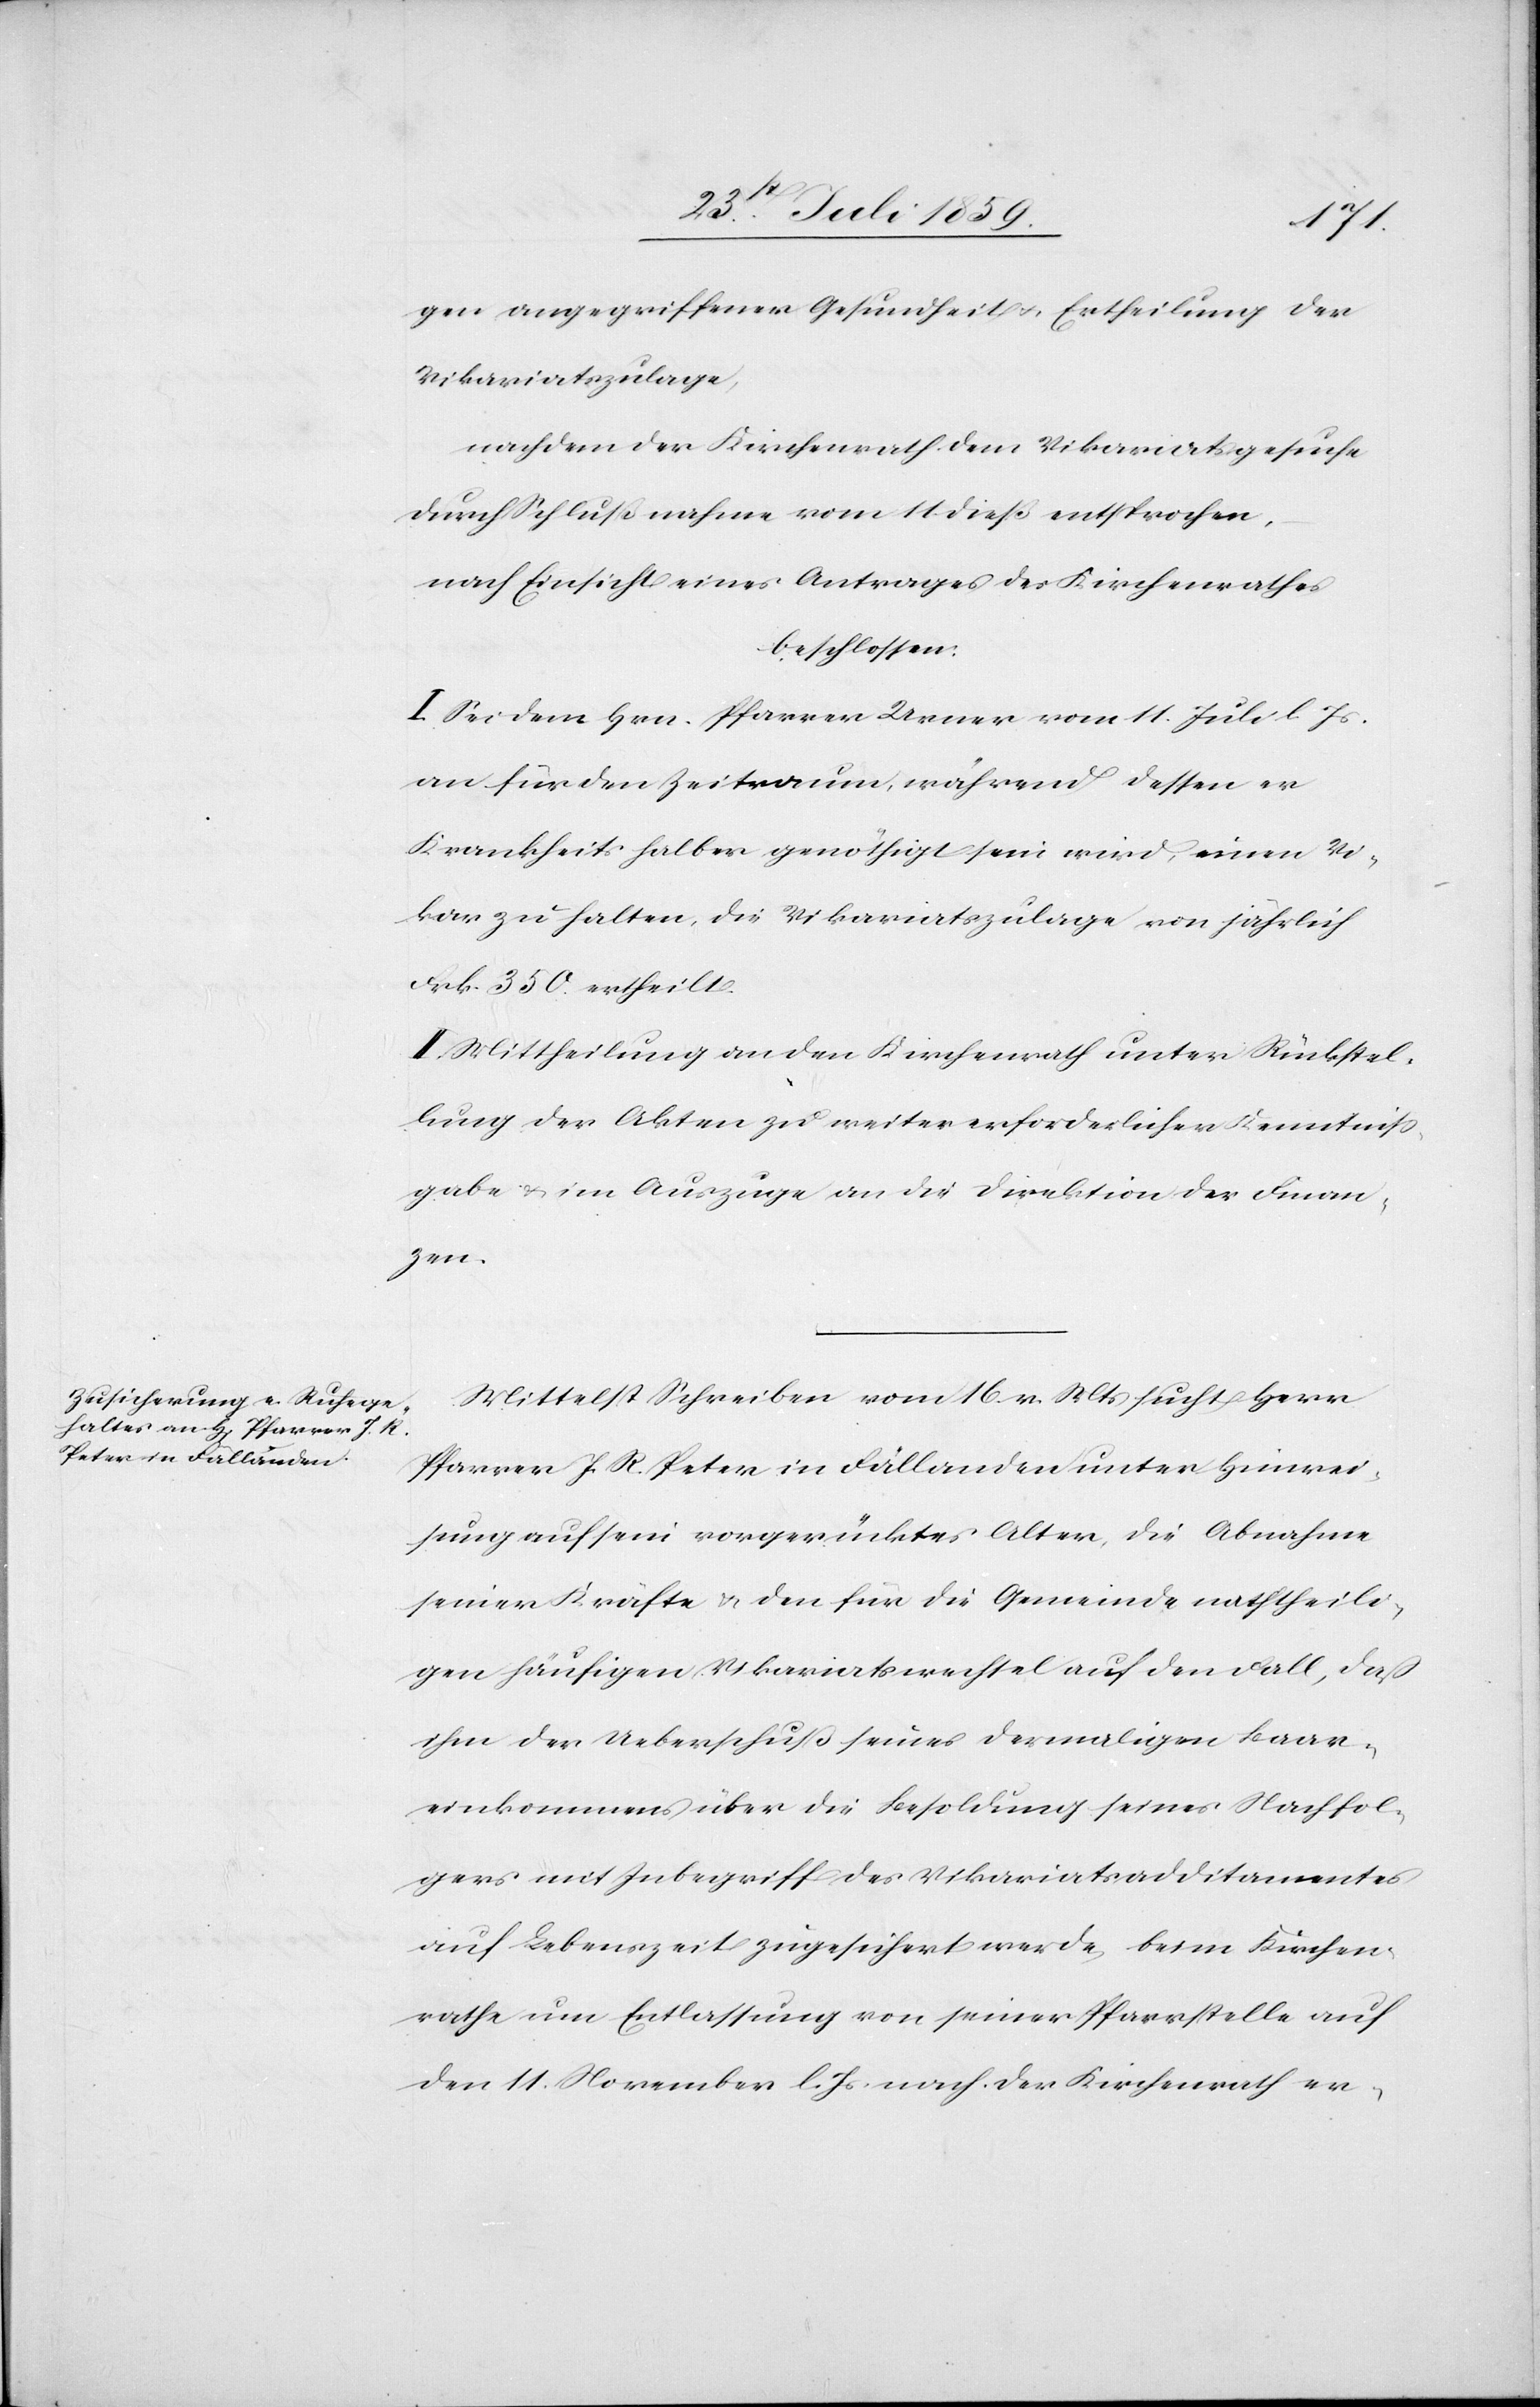
gen angegriffener Gesundheit u. Ertheilung der
Vikariatszulage,
nachdem der Kirchenrath dem Vikariatsgesuche
durch Schlußnahme vom 11 dieß entsprochen,
nach Einsicht eines Antrages des Kirchenrathes
beschlossen:
I. Sei dem Hrn. Pfarrer Urner vom 11. Juli l. Js.
an für den Zeitraum, während dessen er
Krankheits halber genöthigt sein wird, einen Vi¬
kar zu halten, die Vikariatszulage von jährlich
Frk. 350. ertheilt.
II. Mittheilung an den Kirchenrath unter Rückstel¬
lung der Akten zu weiter erforderlicher Kenntniß¬
gabe u. im Auszuge an die Direktion der Finan¬
zen.
Mittelst Schreiben vom 16. v. Mts. sucht Herr
Pfarrer J. R. Peter in Fällanden unter Hinreic¬
hung auf sein vorgerücktes Alter, die Abnahme
seiner Kräfte u. den für die Gemeinde nachtheili¬
gen häufigen Vikariatswechsel auf den Fall, daß
ihm der Ueberschuß seines dermaligen Baar¬
einkommens über die Besoldung seines Nachfol¬
gers mit Inbegriff des Vikariatsadditamentes
auf Lebenszeit zugesichert werde, beim Kirchen¬
rathe um Entlassung von seiner Pfarrstelle auf
den 11. November l. Js. nach. Der Kirchenrath er-